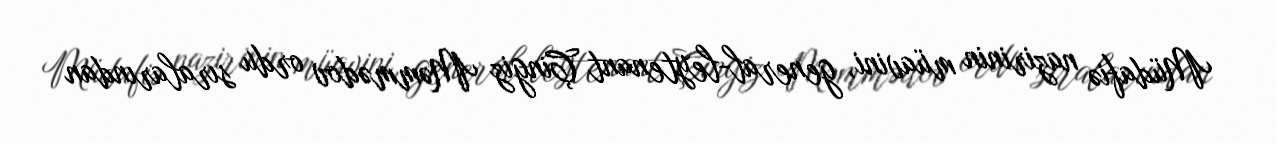
Müdafiə nazirinin müavini, general-leytenant Çingiz Məmmədov ordu sıralarından